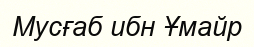
Мусғаб ибн Ұмайр